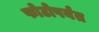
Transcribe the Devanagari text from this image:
फोटोपर्यंत